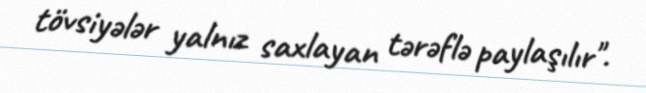
tövsiyələr yalnız saxlayan tərəflə paylaşılır".